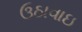
ઉઠાવાઇ